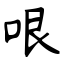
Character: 哏